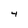
Character: 4